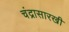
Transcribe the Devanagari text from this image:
चंद्रासारखी